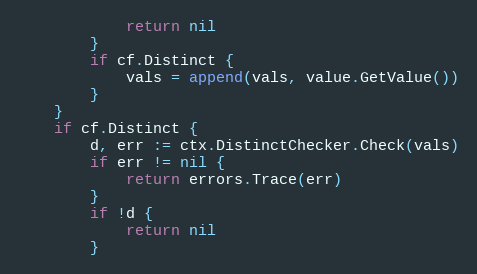
Language: Go
			return nil
		}
		if cf.Distinct {
			vals = append(vals, value.GetValue())
		}
	}
	if cf.Distinct {
		d, err := ctx.DistinctChecker.Check(vals)
		if err != nil {
			return errors.Trace(err)
		}
		if !d {
			return nil
		}